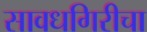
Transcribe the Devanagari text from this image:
सावधगिरीचा